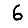
Digit: 6